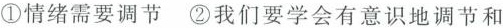
①情绪需要调节②我们要学会有意识地调节和